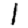
Digit: 1